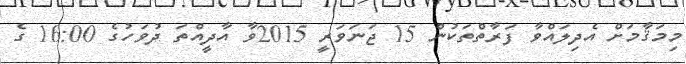
މިމަޤާމަށް އެދިލައްވާ ފަރާތްތަކުން 15 ޖަނަވަރީ 2015ވާ އާދީއްތަ ދުވަހުގެ 16:00 ގެ